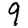
Digit: 9